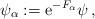
LaTeX: \begin{align*} \psi_{\alpha}:={\rm e}^{-F_{\alpha}}\psi\,,\end{align*}